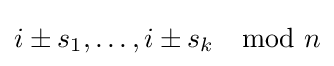
i\pm s_{1},\ldots ,i\pm s_{k}\mod n